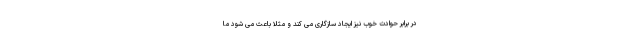
در برابر حوادث خوب نیز ایجاد سازگاری می کند و مثلاً باعث می شود ما